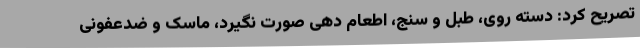
تصریح کرد: دسته روی، طبل و سنج، اطعام دهی صورت نگیرد، ماسک و ضدعفونی